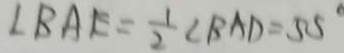
\angle B A E = \frac { 1 } { 2 } \angle B A D = 5 5 ^ { \circ }